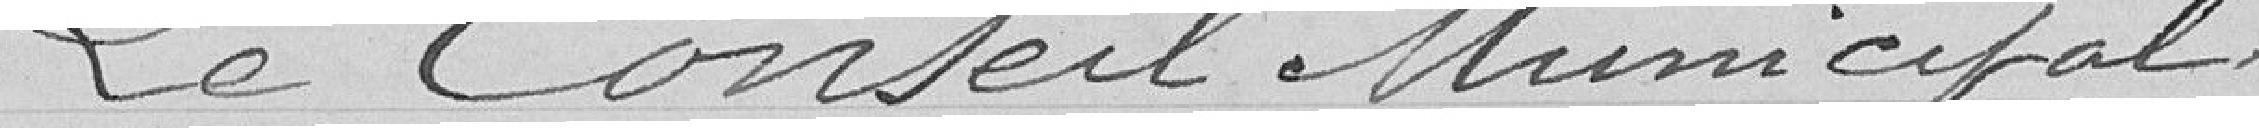
Le Conseil Municipal